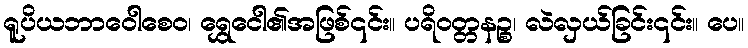
ရူပိယဘာဝေါစေဝ၊ ရွှေငေါ၏အဖြစ်၎င်း။ ပရိဝတ္တနဉ္စ၊ လဲလှယ်ခြင်း၎င်း။ ပေ။